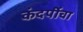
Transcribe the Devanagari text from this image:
कंदर्पीचा